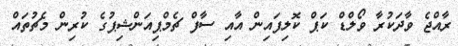
ރާއްޖެ ވާދަކުރާ ވޯލްޑް ކަޕް ކޮލިފައިން އާއި ސާފް ޗެމްޕިއަންޝިޕުގެ ކުރިން މެޗުތައް